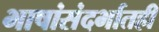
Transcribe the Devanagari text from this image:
भाषांसंदर्भातही